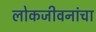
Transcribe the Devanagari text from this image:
लोकजीवनांचा